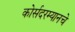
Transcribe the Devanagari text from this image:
कोर्सदरम्यानचे